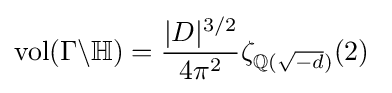
\operatorname {vol} (\Gamma \backslash \mathbb {H} )={\frac {|D|^{3/2}}{4\pi ^{2}}}\zeta _{\mathbb {Q} ({\sqrt {-d}})}(2)\